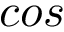
c o s